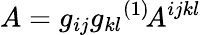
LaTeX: A=g_{ij}g_{kl}{}^{(1)}\! A^{ijkl}